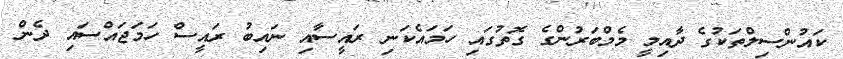
ކައުންސިލްތަކުގެ ދާއިމީ މެމްބަރުންގެ ގޮތުގައި ހަމައެކަނި ރައީސާއި ނައިބު ރައީސް ހަމަޖައްސައި ދެން